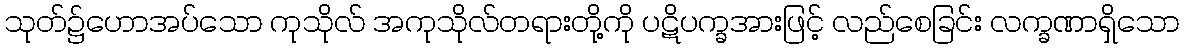
သုတ်၌ဟောအပ်သော ကုသိုလ် အကုသိုလ်တရားတို့ကို ပဋိပက္ခအားဖြင့် လည်စေခြင်း လက္ခဏာရှိသော